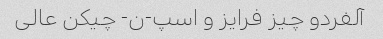
آلفردو چیز فرایز و اسپ-ن- چیکن عالی